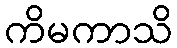
ကိမကာသိ